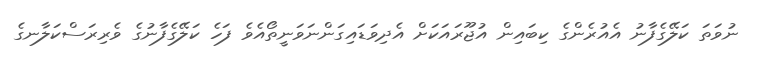
ނުވަތަ ކަލޭގެފާނު އެއުރެންގެ ކިބައިން އުޖޫރައަކަށް އެދިވަޑައިގަންނަވަނީތޯއެވެ ފަހެ ކަލޭގެފާނުގެ ވެރިރަސްކަލާނގެ